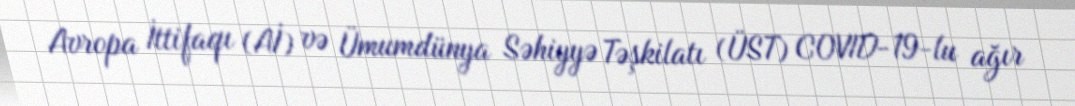
Avropa İttifaqı (Aİ) və Ümumdünya Səhiyyə Təşkilatı (ÜST) COVID-19-lu ağır